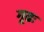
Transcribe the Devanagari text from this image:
गूढः